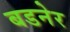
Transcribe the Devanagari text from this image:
बडनेर